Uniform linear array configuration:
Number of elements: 64
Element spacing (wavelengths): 0.75
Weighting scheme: kaiser
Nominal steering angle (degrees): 60
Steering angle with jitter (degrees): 61.536
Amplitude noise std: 0.05
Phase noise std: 0.05

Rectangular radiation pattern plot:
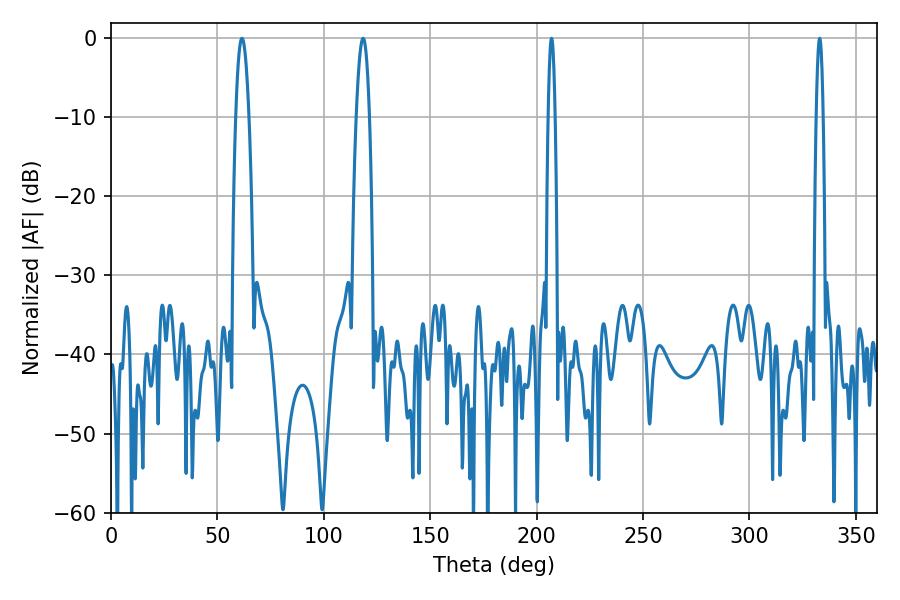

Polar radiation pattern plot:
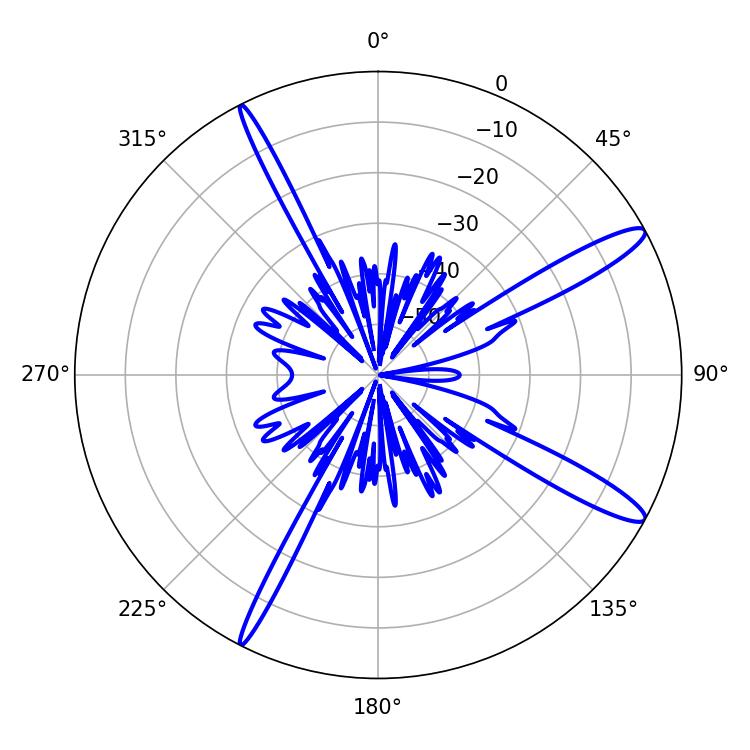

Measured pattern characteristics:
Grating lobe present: TRUE
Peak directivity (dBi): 13.833
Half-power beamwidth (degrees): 3.42
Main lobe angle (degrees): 61.56